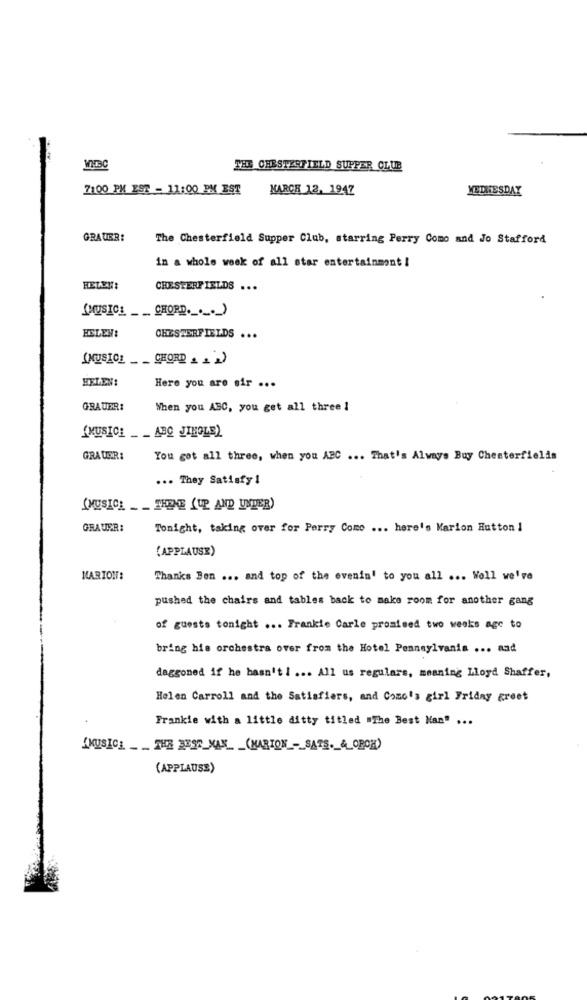
WIRC
THE CHESTERFIELD SUPPER CLUB
7100 PM EST - 11:00 PM EST
KARCH 12, 1947
YETNESDAY
GRAUER:
The Chesterfield Supper Club, starring Perry Como and Jo Stafford
in a whole week of all star entertainment !
CHESTERFIELDS ...
(MUSICL __ CHORD ... )
HELEN:
CHESTERFIELDS ...
(MUSICL __ CHORD . . )
HELEN:
Here you are sir ...
GRAUER:
When you ABC, you get all three 1
(MUSICE __ ABC JIHOLE)
GRAUER:
You got all three, when you ABC ... That's Always Buy Chesterfields
... They Satisfy 1
(MUSICA __ THENE (UP AND UNDER)
GRAUER:
Tonight, taking over for Perry Como ... here's Marion Hutton 1
(APPLAUSE)
MARION:
Thanks Ben ... and top of the evenin' to you all ... Woll we're
pushed the chairs and tables back to make room for another gang
of guests tonight ... Frankie Carle promised two weeks age to
bring his orchestra over from the Hotel Pennsylvania ... nad
daggoned if he hasn't1 ... All us regulars, meaning Lloyd Shaffer,
Helen Carroll and the Satisfiers, and Como's girl Friday greet
Frankie with a little ditty titled "The Best Man" ...
KKUSICH __ THE BEST MAN_ _ (MARION -_ SATS ._ 4_OBOK)
(APPLAUSE)